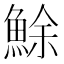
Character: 鮽